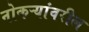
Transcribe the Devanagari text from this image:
नोकऱ्यांवरील